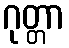
ဂုတ္တာ